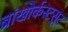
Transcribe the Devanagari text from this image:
ब्रांखोर्कस्टसूट